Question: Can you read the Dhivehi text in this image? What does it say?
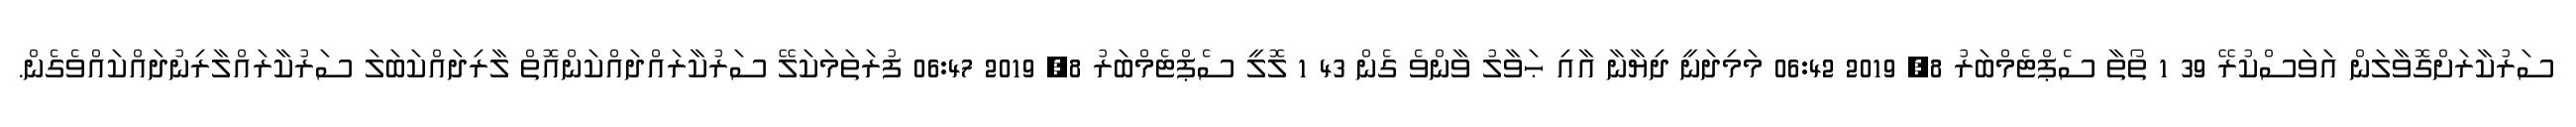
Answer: ސަރުކާރަށްގޮވާލަން އަވަސްކުރޭ 39 1 ތޯތާ ސެޕްޓެމްބަރު 8, 2019 06:42 މަމިދަނީ ދިޔާނާ އާއި ޙަވާލު ވާންވެ ގެން 43 1 ލޮލީ ސެޕްޓެމްބަރު 8, 2019 06:47 ފުރަތަމަކަލޭ ސަރުކާރައްދައްކަންއޮތް ލާރިދައްކަބަލަ ސަރުކާރައްލާރިނުދައްކައްވެގެން.